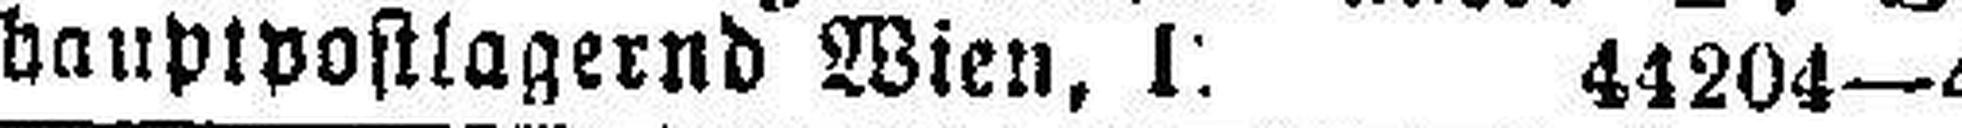
hauptpostlagernd Wien, I. 44204—4